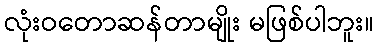
လုံးဝတောဆန်တာမျိုး မဖြစ်ပါဘူး။